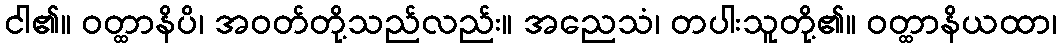
ငါ၏။ ဝတ္ထာနိပိ၊ အဝတ်တို့သည်လည်း။ အညေသံ၊ တပါးသူတို့၏။ ဝတ္ထာနိယထာ၊